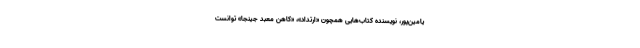
یامین‌پور، نویسنده کتاب‌هایی همچون «ارتداد»، «کاهن معبد جینجا» توانست